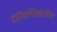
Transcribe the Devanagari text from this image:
दारिद्यरेषेखालील